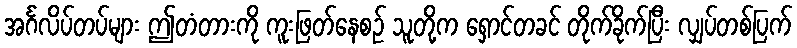
အင်္ဂလိပ်တပ်များ ဤတံတားကို ကူးဖြတ်နေစဉ် သူတို့က ရှောင်တခင် တိုက်ခိုက်ပြီး လျှပ်တစ်ပြက်